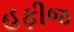
હફીજ